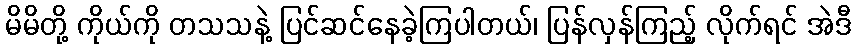
မိမိတို့ ကိုယ်ကို တသသနဲ့ ပြင်ဆင်နေခဲ့ကြပါတယ်၊ ပြန်လှန်ကြည့် လိုက်ရင် အဲဒီ